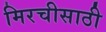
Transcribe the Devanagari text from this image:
मिरचीसाठी